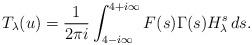
LaTeX: \begin{align*}T_\lambda(u)=\frac{1}{2\pi i}\int_{4-i\infty}^{4+i\infty}F(s)\Gamma(s)H_\lambda^s\,ds.\end{align*}